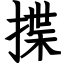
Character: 揲